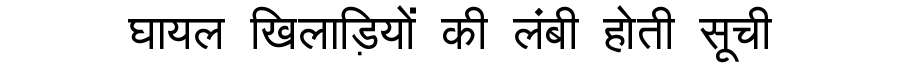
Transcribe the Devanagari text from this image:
घायल खिलाड़ियों की लंबी होती सूची